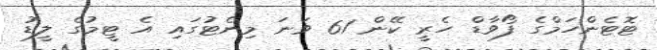
ޓޮޓެންހަމްގެ ފޯވާޑް ހެރީ ކޭން 61 ވަނަ މިނެޓުގައި އެ ޓީމުގެ ލީޑު